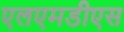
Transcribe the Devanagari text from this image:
एलएमडीएस